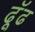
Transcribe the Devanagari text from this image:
ढूॅढ